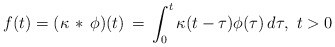
\begin{align*}f(t) = (\kappa\, *\, \phi)(t) \, = \, \int_0^t \kappa(t-\tau)\phi(\tau)\, d\tau,\ t>0\end{align*}